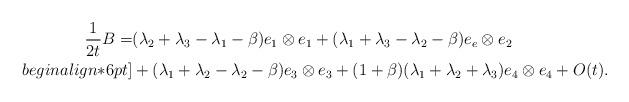
LaTeX: \begin{align*}\frac{1}{2t} B = & (\lambda_2 + \lambda_3 - \lambda_1 - \beta) e_1 \otimes e_1 + (\lambda_1 + \lambda_3 - \lambda_2 - \beta) e_e \otimes e_2 \\begin{align*}6pt]& + (\lambda_1 + \lambda_2 - \lambda_2 - \beta) e_3 \otimes e_3 + (1 + \beta) (\lambda_1 + \lambda_2 + \lambda_3) e_4 \otimes e_4 + O(t).\end{align*}